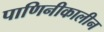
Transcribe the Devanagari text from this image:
पाणिनीकालीन